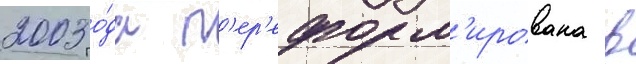
2003 го́да п'ер'еформ'ирована в